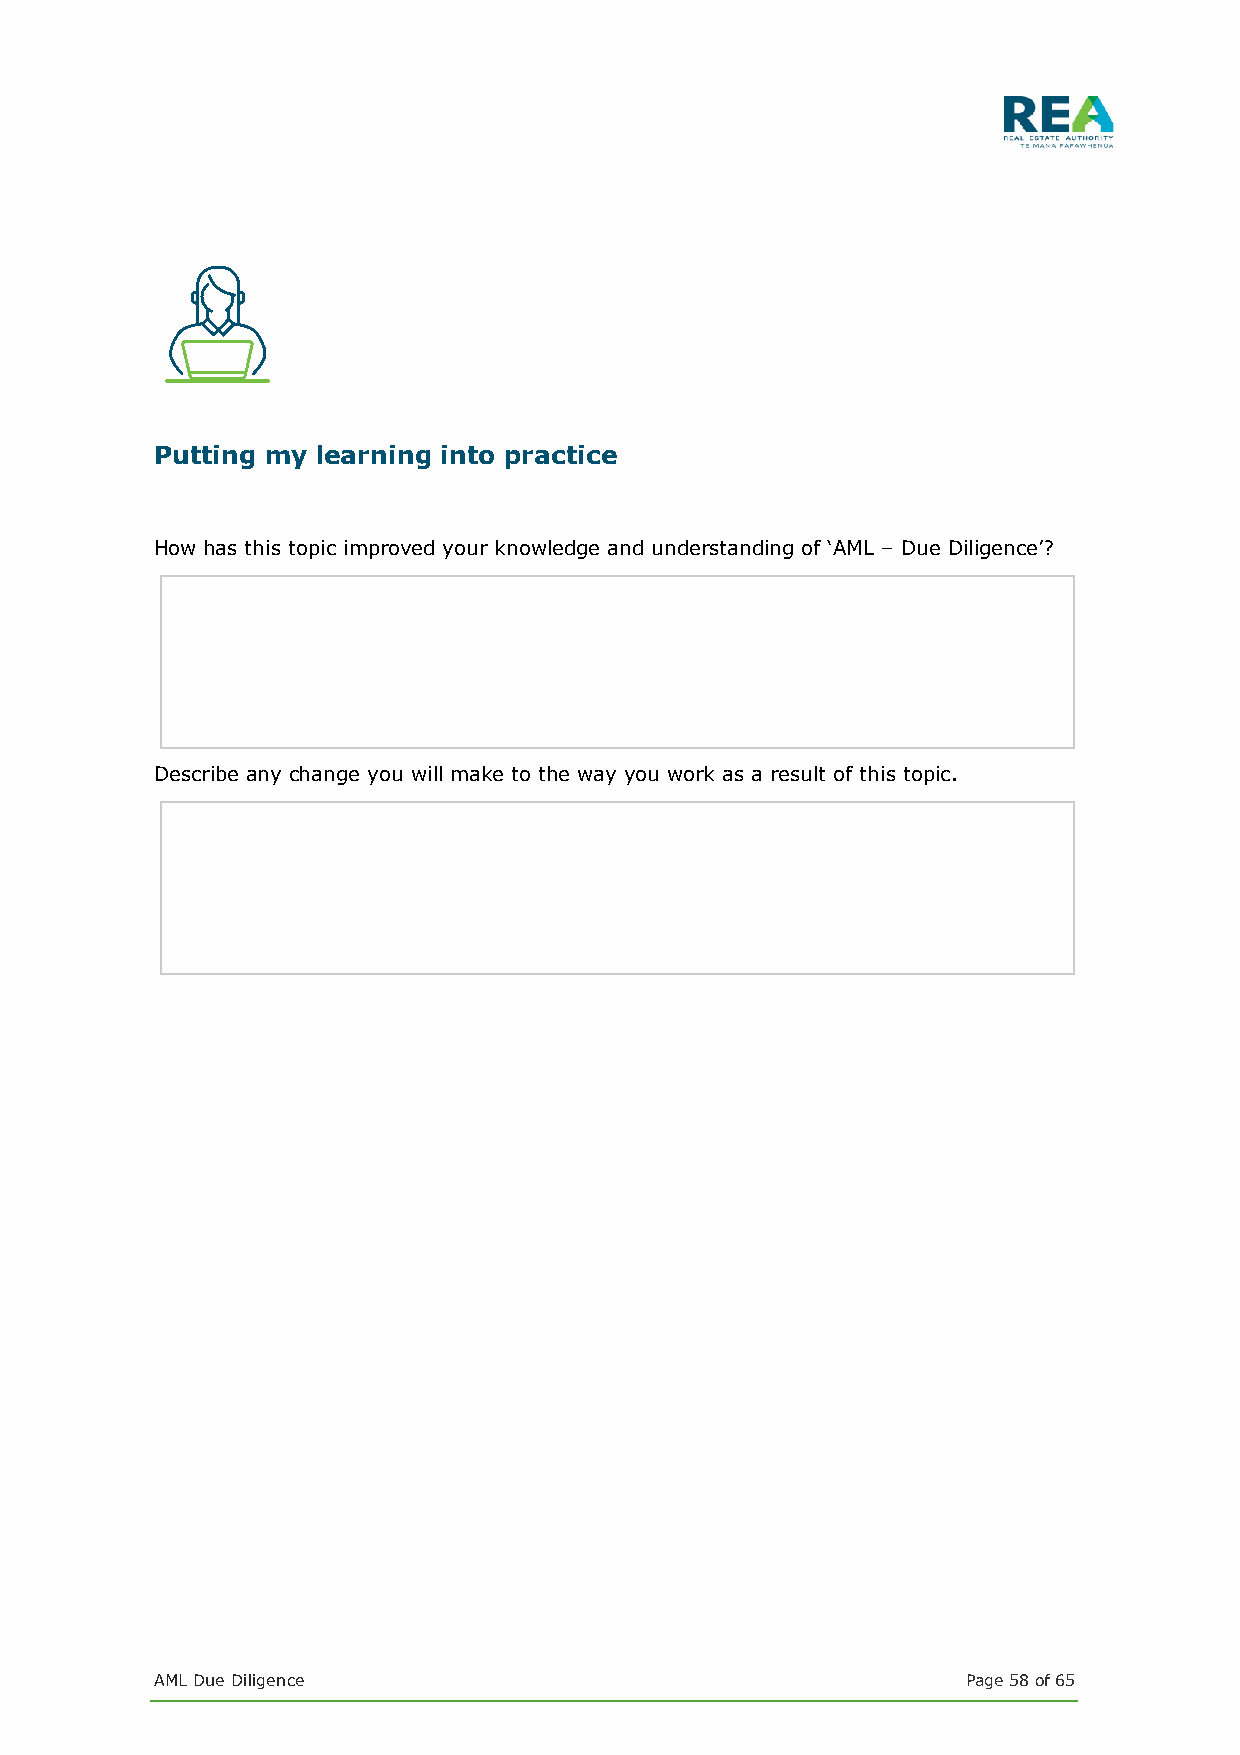
Putting my learning into practice
 How has this topic improved your knowledge and understanding of ‘AML – Due Diligence’?
 Describe any change you will make to the way you work as a result of this topic.
 AML Due Diligence                                     Page 58 of 65